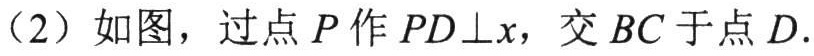
（2）如图，过点\(P\)作\(PD\perp x\)，交\(BC\)于点\(D\).